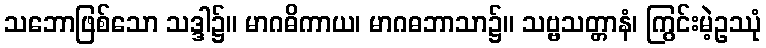
သဘောဖြစ်သော သဒ္ဒါ၌။ မာဂဓိကာယ၊ မာဂဓဘာသာ၌။ သဗ္ဗသတ္တာနံ၊ ကြွင်းမဲ့ဥဿုံ